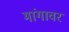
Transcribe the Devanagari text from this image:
मांगावर